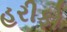
હરીફો